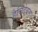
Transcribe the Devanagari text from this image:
हैबिटेबल